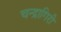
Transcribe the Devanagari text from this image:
चन्द्रागिरी